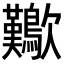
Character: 𣥁